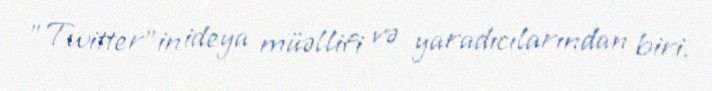
"Twitter"in ideya müəllifi və yaradıcılarından biri.